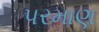
પરમાણ